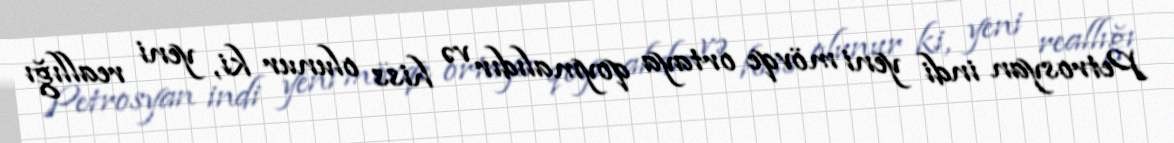
Petrosyan indi yeni mövqe ortaya qoymalıdır və hiss olunur ki, yeni reallığı